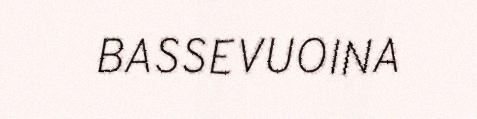
BASSEVUOINA